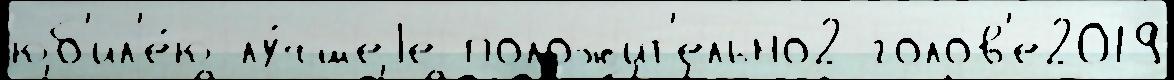
юб'ил'е́ю лу́чшеjе положит'ельно2 голов'е2019